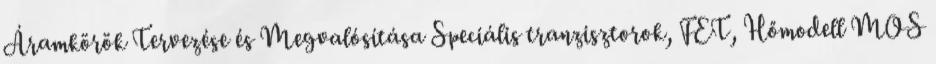
Áramkörök Tervezése és Megvalósítása Speciális tranzisztorok, FET, Hőmodell MOS